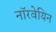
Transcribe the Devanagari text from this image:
नाॅरवेयिन